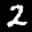
Label: 2